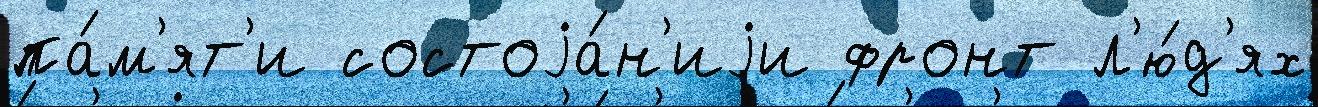
па́м'ят'и состоjа́н'иjи фронт л'ю́д'ях